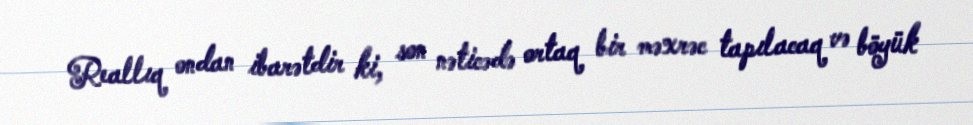
Reallıq ondan ibarətdir ki, son nəticədə ortaq bir məxrəc tapılacaq və böyük